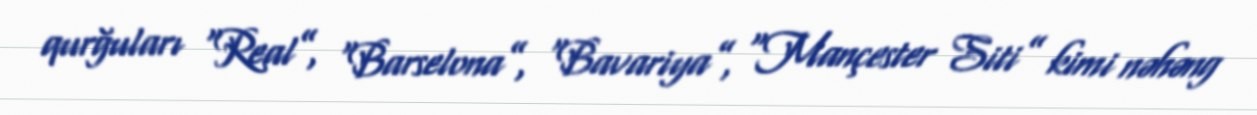
qurğuları “Real”, “Barselona”, “Bavariya”, “Mançester Siti” kimi nəhəng